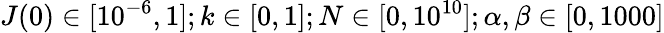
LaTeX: J(0)\in[10^{-6},1];k\in[0,1];N\in[0,10^{10}];\alpha,\beta\in[0,1000]